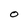
Character: 0